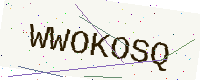
Text: WWOKOSQ